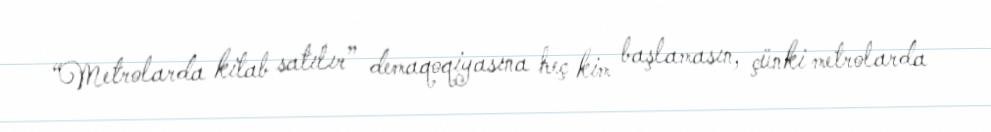
“Metrolarda kitab satılır” demaqoqiyasına heç kim başlamasın, çünki metrolarda